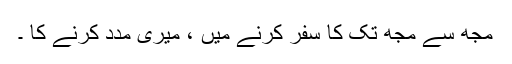
مجھ سے مجھ تک کا سفر کرنے میں ، میری مدد کرنے کا ۔